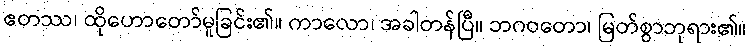
ဧတဿ၊ ထိုဟောတော်မူခြင်း၏။ ကာလော၊ အခါတန်ပြီ။ ဘဂဝတော၊ မြတ်စွာဘုရား၏။